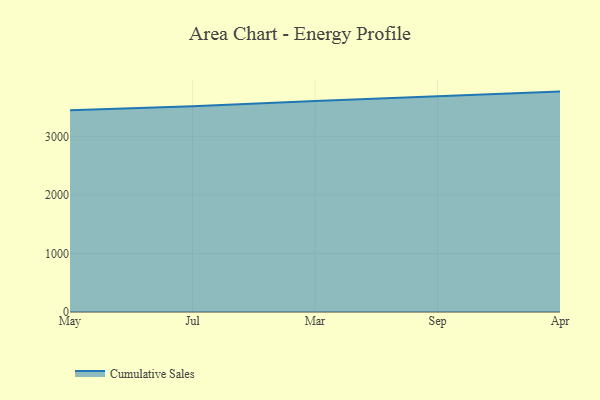
{"axis": {"x": "Month", "y": "Gross Profit (USD K)"}, "legend": ["Cumulative Sales"], "data": [{"x": "May", "y": 3446.0, "type": "Cumulative Sales"}, {"x": "Jul", "y": 3513.0, "type": "Cumulative Sales"}, {"x": "Mar", "y": 3602.5, "type": "Cumulative Sales"}, {"x": "Sep", "y": 3680.6, "type": "Cumulative Sales"}, {"x": "Apr", "y": 3765.0, "type": "Cumulative Sales"}]}